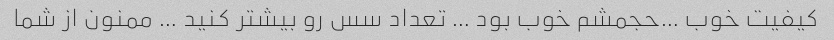
کیفیت خوب …حجمشم خوب بود … تعداد سس رو بیشتر کنید … ممنون از شما